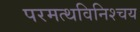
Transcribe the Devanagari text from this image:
परमत्थविनिश्चय